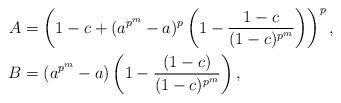
LaTeX: \begin{align*} A & = \left(1-c+(a^{p^m}-a)^p\left(1-\dfrac{1-c}{(1-c)^{p^m}}\right)\right)^p,\\ B & =(a^{p^m}-a)\left(1-\dfrac{(1-c)}{(1-c)^{p^m}}\right),\end{align*}